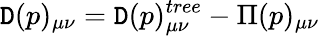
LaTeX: \mathtt{D}(p)_{\mu\nu}=\mathtt{D}(p)_{\mu\nu}^{tree}-\Pi(p)_{\mu\nu}